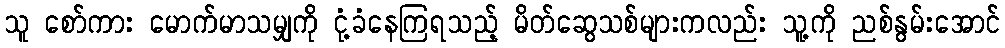
သူ စော်ကား မောက်မာသမျှကို ငုံ့ခံနေကြရသည့် မိတ်ဆွေသစ်များကလည်း သူ့ကို ညစ်နွမ်းအောင်